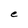
Character: e